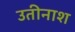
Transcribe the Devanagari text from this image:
उतीनाश